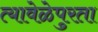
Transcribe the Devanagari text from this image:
त्यावेळेपुरता